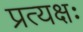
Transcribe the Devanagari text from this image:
प्रत्यक्षः